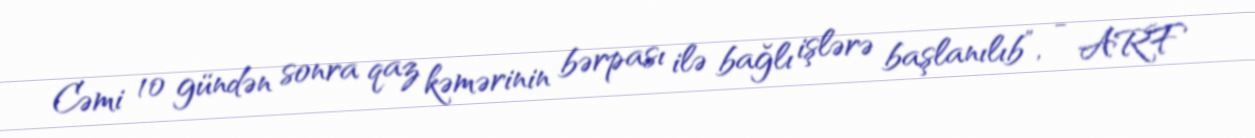
Cəmi 10 gündən sonra qaz kəmərinin bərpası ilə bağlı işlərə başlanılıb”, - ARF